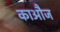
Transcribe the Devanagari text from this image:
काऔज